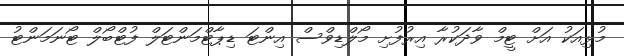
މުޅިއަކު އަށް ޓީމް ވާދަކުރާ އިރުފުށި މޯލްޑިވްސް އިންޓަ ޑިޕާޓްމަންޓަލް ފުޓްބޯލް ޓޯނަމަންޓު